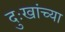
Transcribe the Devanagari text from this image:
दुःखांच्या